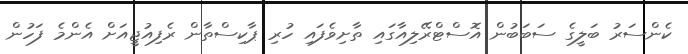
ކެންސަރު ބަލީގެ ސަބަބުން އޮސްޓްރޭލިއާގައި ތާށިވެފައި ހުރި ޕާކިސްތާން ރެފިއުޖީއަށް އެންމެ ފަހުން